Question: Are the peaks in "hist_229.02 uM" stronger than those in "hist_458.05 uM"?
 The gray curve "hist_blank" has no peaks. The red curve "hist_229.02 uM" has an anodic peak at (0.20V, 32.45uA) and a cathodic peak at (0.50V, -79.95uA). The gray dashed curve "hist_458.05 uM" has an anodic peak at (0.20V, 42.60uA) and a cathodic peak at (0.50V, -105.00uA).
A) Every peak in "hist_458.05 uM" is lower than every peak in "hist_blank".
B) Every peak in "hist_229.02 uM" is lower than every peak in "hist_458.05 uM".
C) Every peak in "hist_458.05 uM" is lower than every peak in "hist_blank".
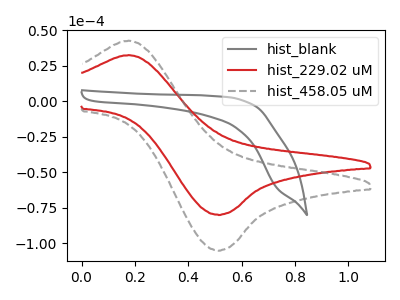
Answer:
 <answer>B) Every peak in "hist_229.02 uM" is lower than every peak in "hist_458.05 uM".</answer>
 <eval>B</eval>